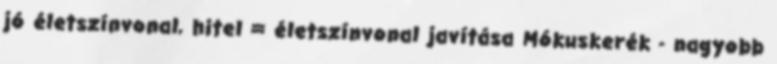
jó életszínvonal, hitel = életszínvonal javítása Mókuskerék - nagyobb